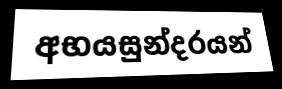
අභයසුන්දරයන්